Rangoon Lunatic Asylum 1878-1892 - 1878-1892
Year: 1878
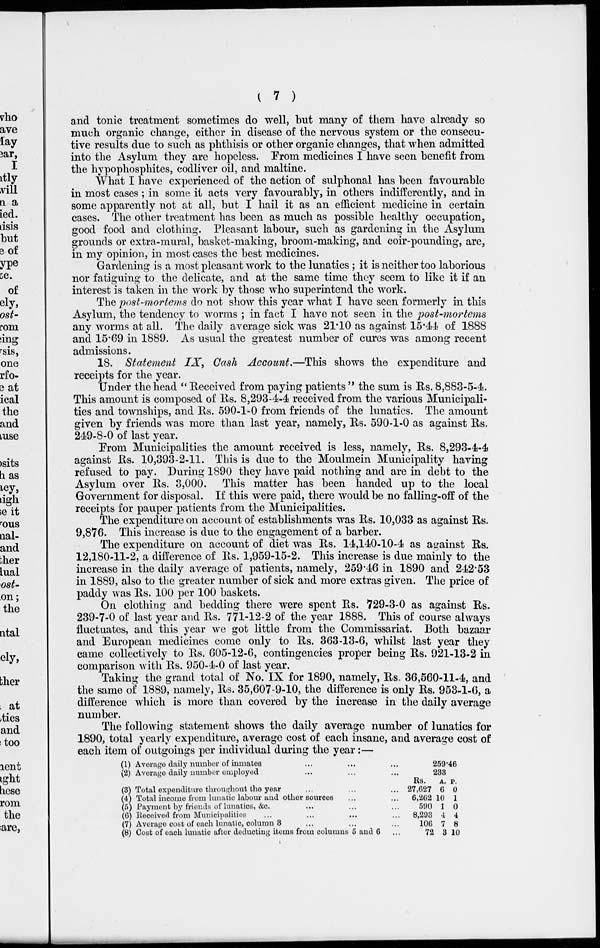
( 7 )
and tonic treatment sometimes do well, but many of them have already so
much organic change, either in disease of the nervous system or the consecu-
tive results due to such as phthisis or other organic changes, that when admitted
into the Asylum they are hopeless. From medicines I have seen benefit from
the hypophosphites, codliver oil, and maltine.
What I have experienced of the action of sulphonal has been favourable
in most cases ; in some it acts very favourably, in others indifferently, and in
some apparently not at all, but I hail it as an efficient medicine in certain
cases. The other treatment has been as much as possible healthy occupation,
good food and clothing. Pleasant labour, such as gardening in the Asylum
grounds or extra-mural, basket-making, broom-making, and coir-pounding, are,
in my opinion, in most cases the best medicines.
Gardening is a most pleasant work to the lunatics; it is neither too laborious
nor fatiguing to the delicate, and at the same time they seem to like it if an
interest is taken in the work by those who superintend the work.
The post-mortems do not show this year what I have seen formerly in this
Asylum, the tendency to worms ; in fact I have not seen in the post-mortems
any worms at all. The daily average sick was 21.10 as against 15.44 of 1888
and 15.69 in 1889. As usual the greatest number of cures was among recent
admissions.
18. Statement IX, Cash Account.—This shows the expenditure and
receipts for the year.
Under the head " Received from paying patients " the sum is Rs, 8,883-5-4.
This amount is composed of Rs. 8,293-4-4 received from the various Municipali-
ties and townships, and Rs. 590-1-0 from friends of the lunatics. The amount
given by friends was more than last year, namely, Rs. 590-1-0 as against Rs.
249-8-0 of last year.
From Municipalities the amount received is less, namely, Rs. 8,293-4-4
against Rs. 10,393-2-11. This is due to the Moulmein Municipality having
refused to pay. During 1890 they have paid nothing and are in debt to the
Asylum over Rs. 3,000. This matter has been handed up to the local
Government for disposal. If this were paid, there would be no falling-off of the
receipts for pauper patients from the Municipalities.
The expenditure on account of establishments was Rs. 10,033 as against Rs.
9,876. This increase is due to the engagement of a barber.
The expenditure on account of diet was Rs. 14,140-10-4 as against Rs.
12,180-11-2, a difference of Rs. 1,959-15-2. This increase is due mainly to the
increase in the daily average of patients, namely, 259.46 in 1890 and 242.53
in 1889, also to the greater number of sick and more extras given. The price of
paddy was Rs. 100 per 100 baskets.
On clothing and bedding there were spent Rs. 729-3-0 as against Rs.
239-7-0 of last year and Rs. 771-12-2 of the year 1888. This of course always
fluctuates, and this year we got little from the Commissariat. Both bazaar
and European medicines come only to Rs. 363-13-6, whilst last year they
came collectively to Rs. 605-12-6, contingencies proper being Rs. 921-13-2 in
comparison with Rs. 950-4-0 of last year.
Taking the grand total of No. IX for 1890, namely, Rs. 36,560-11-4, and
the same of 1889, namely, Rs. 35,607-9-10, the difference is only Rs. 953-1-6, a
difference which is more than covered by the increase in the daily average
number.
The following statement shows the daily average number of lunatics for
1890, total yearly expenditure, average cost of each insane, and average cost of
each item of outgoings per individual during the year:—
(1) Average daily number of inmates
(2) Average daily number employed
(3) Total expenditure throughout the year
(4) Total income from lunatic labour and other sources
(5) Payment by friends of lunatics, &c.
(6) Received from Municipalities
(7) Average cost of each lunatic, column 3
(8) Cost of each lunatic after deducting items from columns 5 and 6
259.46
233
Rs.
27,627
6,262
590
8,293
106
72
A.
6
10
1
4
7
3
p.
0
1
0
4
8
10